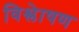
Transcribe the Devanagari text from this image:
विश्लेाषण